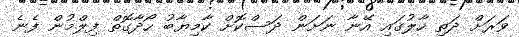
ވަރަށް ދަތި ހާލުގައި އޭނާ ނަށަން ދަސްކޮށް ކާމިޔާބު ހޯދާގޮތް ފިލްމުން ފެނެ